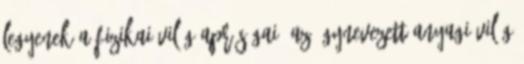
legyenek a fizikai világ apróságai. Az úgynevezett anyagi világ